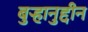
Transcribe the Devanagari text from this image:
बुऱ्हानुद्दीन